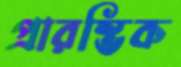
প্রারম্ভিক